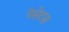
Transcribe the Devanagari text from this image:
पेसेटस